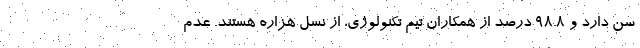
سن دارد و 98.8 درصد از همکاران تیم تکنولوژی، از نسل هزاره هستند. عدم